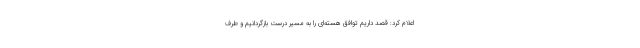
اعلام کرد: قصد داریم توافق هسته‌ای را به مسیر درست بازگردانیم و طرف